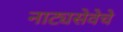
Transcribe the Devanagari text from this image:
नाट्यसेवेचे